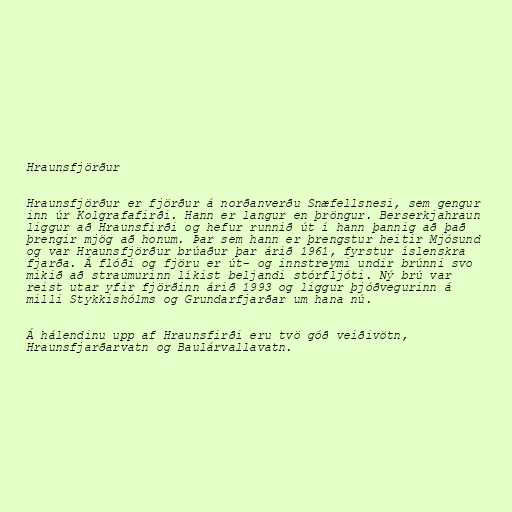
Hraunsfjörður

Hraunsfjörður er fjörður á norðanverðu Snæfellsnesi, sem gengur
inn úr Kolgrafafirði. Hann er langur en þröngur. Berserkjahraun
liggur að Hraunsfirði og hefur runnið út í hann þannig að það
þrengir mjög að honum. Þar sem hann er þrengstur heitir Mjósund
og var Hraunsfjörður brúaður þar árið 1961, fyrstur íslenskra
fjarða. Á flóði og fjöru er út- og innstreymi undir brúnni svo
mikið að straumurinn líkist beljandi stórfljóti. Ný brú var
reist utar yfir fjörðinn árið 1993 og liggur þjóðvegurinn á
milli Stykkishólms og Grundarfjarðar um hana nú.

Á hálendinu upp af Hraunsfirði eru tvö góð veiðivötn,
Hraunsfjarðarvatn og Baulárvallavatn.